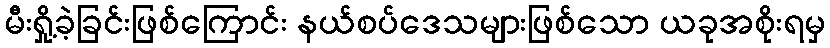
မီးရှို့ခဲ့ခြင်းဖြစ်ကြောင်း နယ်စပ်ဒေသများဖြစ်သော ယခုအစိုးရမှ